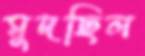
মুদছিল